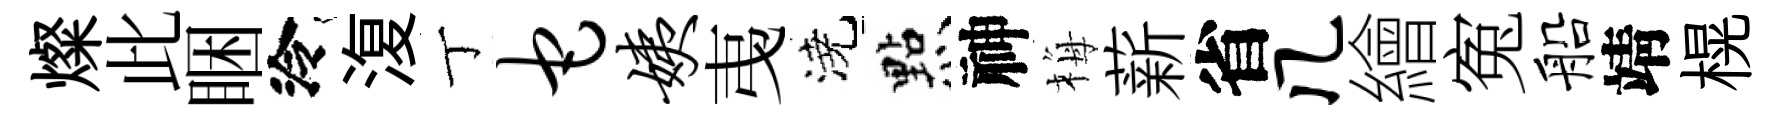
燦此睏泠𣸪丁它姨𢎯澆㸃神梅薪省几繪寃船靖榥